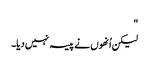
"
لیکن اُنھوں نے پیسہ نہیں دیا۔